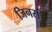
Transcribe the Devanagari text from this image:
जिनसी